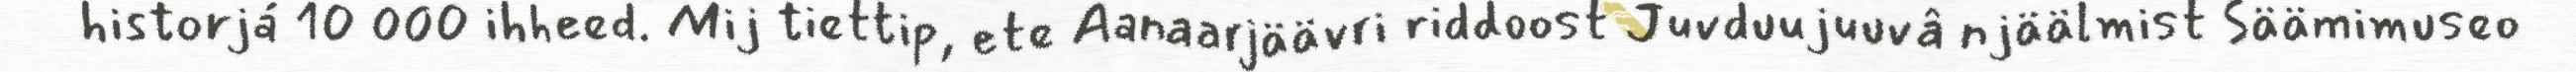
historjá 10 000 ihheed. Mij tiettip, ete Aanaarjäävri riddoost Juvduujuuvâ njäälmist Säämimuseo